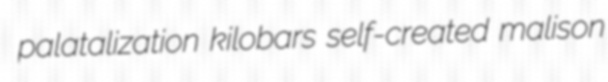
palatalization kilobars self-created malison